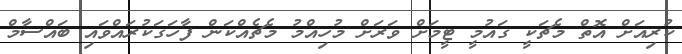
ކުރިއަށް އޮތް މެޗަކީ ގައުމީ ޓީމަށް ވަރަށް މުހިއްމު މެޗެއްކަން ފާހަގަކުރައްވައި ބައްސާމް